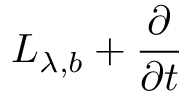
L _ { \lambda , b } + \frac { \partial } { \partial t }